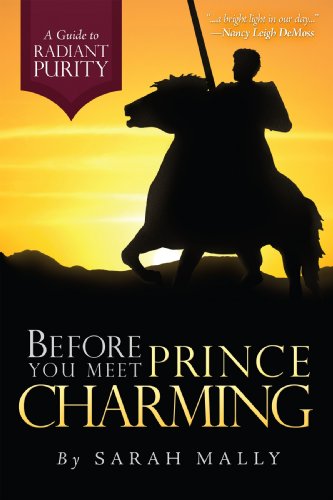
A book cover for Before You Meet Prince Charming: A Guide to Radiant Purity; Sarah  Stephen  and Grace Mally; Self-Help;